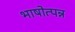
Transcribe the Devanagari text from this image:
भाषोत्पन्न